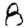
Digit: 8